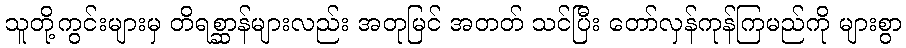
သူတို့ကွင်းများမှ တိရစ္ဆာန်များလည်း အတုမြင် အတတ် သင်ပြီး တော်လှန်ကုန်ကြမည်ကို များစွာ